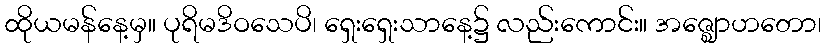
ထိုယမန်နေ့မှ။ ပုရိမဒိဝသေပိ၊ ရှေးရှေးသာနေ့၌ လည်းကောင်း။ အဇ္ဈောဟတော၊